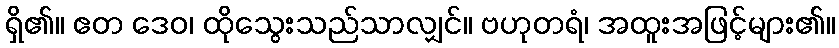
ရှိ၏။ ဧတ ဒေဝ၊ ထိုသွေးသည်သာလျှင်။ ဗဟုတရံ၊ အထူးအဖြင့်များ၏။